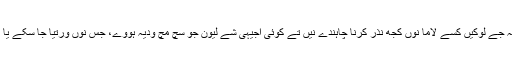
اوہ کہندے سان کہ جے لوکیں کسے لاما نوں کجھ نذر کرنا چاہندے نیں تے کوئی اجیہی شے لیون جو سچ مچ ودیہ ہووے، جس نوں ورتیا جا سکے یا پسند کیتی جاوے۔